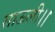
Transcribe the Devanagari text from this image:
साऊली।।